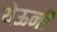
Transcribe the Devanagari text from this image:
येऊनी